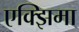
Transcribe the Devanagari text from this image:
एक्झिमा